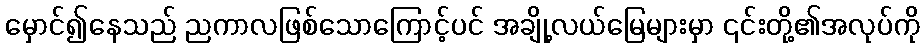
မှောင်၍နေသည် ညကာလဖြစ်သောကြောင့်ပင် အချို့လယ်မြေများမှာ ၎င်းတို့၏အလုပ်ကို